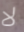
لا